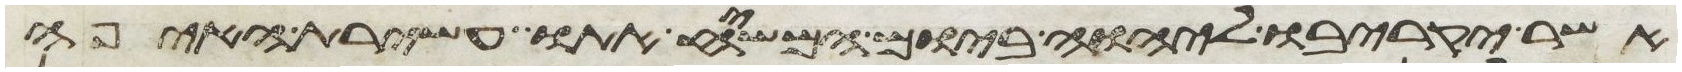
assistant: אשר יקריבו ליהוה ביום המשיח אתו עשירת האיפה